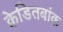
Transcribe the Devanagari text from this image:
क्रेडितबांक